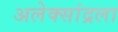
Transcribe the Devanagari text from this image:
अलेक्सांद्रला